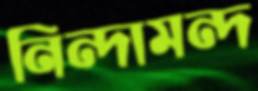
নিন্দামন্দ